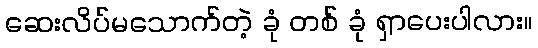
ဆေးလိပ်မသောက်တဲ့ ခုံ တစ် ခုံ ရှာပေးပါလား။